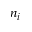
n _ { i }